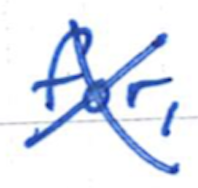
Text: for,
Cross-out: cross
Writing tool: ballpoint